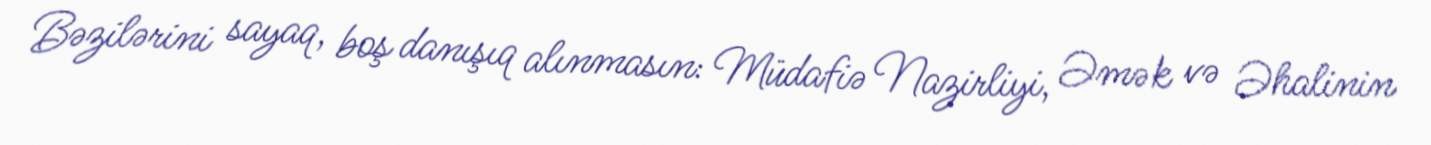
Bəzilərini sayaq, boş danışıq alınmasın: Müdafiə Nazirliyi, Əmək və Əhalinin